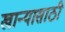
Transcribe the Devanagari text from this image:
खान्यासाठी